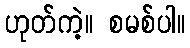
ဟုတ်ကဲ့။ စမစ်ပါ။